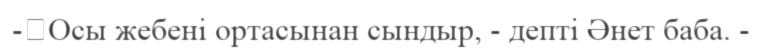
-	Осы жебені ортасынан сындыр, - депті Әнет баба. -